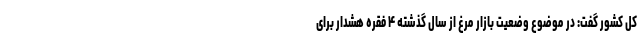
کل کشور گفت: در موضوع وضعیت بازار مرغ از سال گذشته ۴ فقره هشدار برای